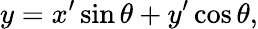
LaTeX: y=x^{\prime}\sin\theta+y^{\prime}\cos\theta,